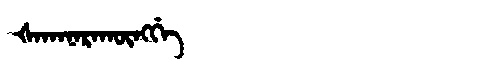
Manchu: ᡧᠠᡴᠠᠨᠠᡵᠠᡴᡡᠩᡤᡝ
Romanization: ŠAKANARAKŪNGGE